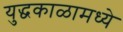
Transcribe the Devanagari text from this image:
युद्धकाळामध्ये